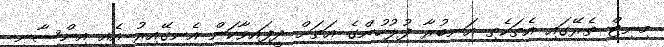
މިނިޓް ތެރޭގައި އެތަކެތި އަނބުރާ ފުލުހުންގެ އަތަށް ދީފައިވާކަން އެނގޭއިރު އެއީ އިންސާނީ